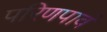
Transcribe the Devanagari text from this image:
परिणपावं